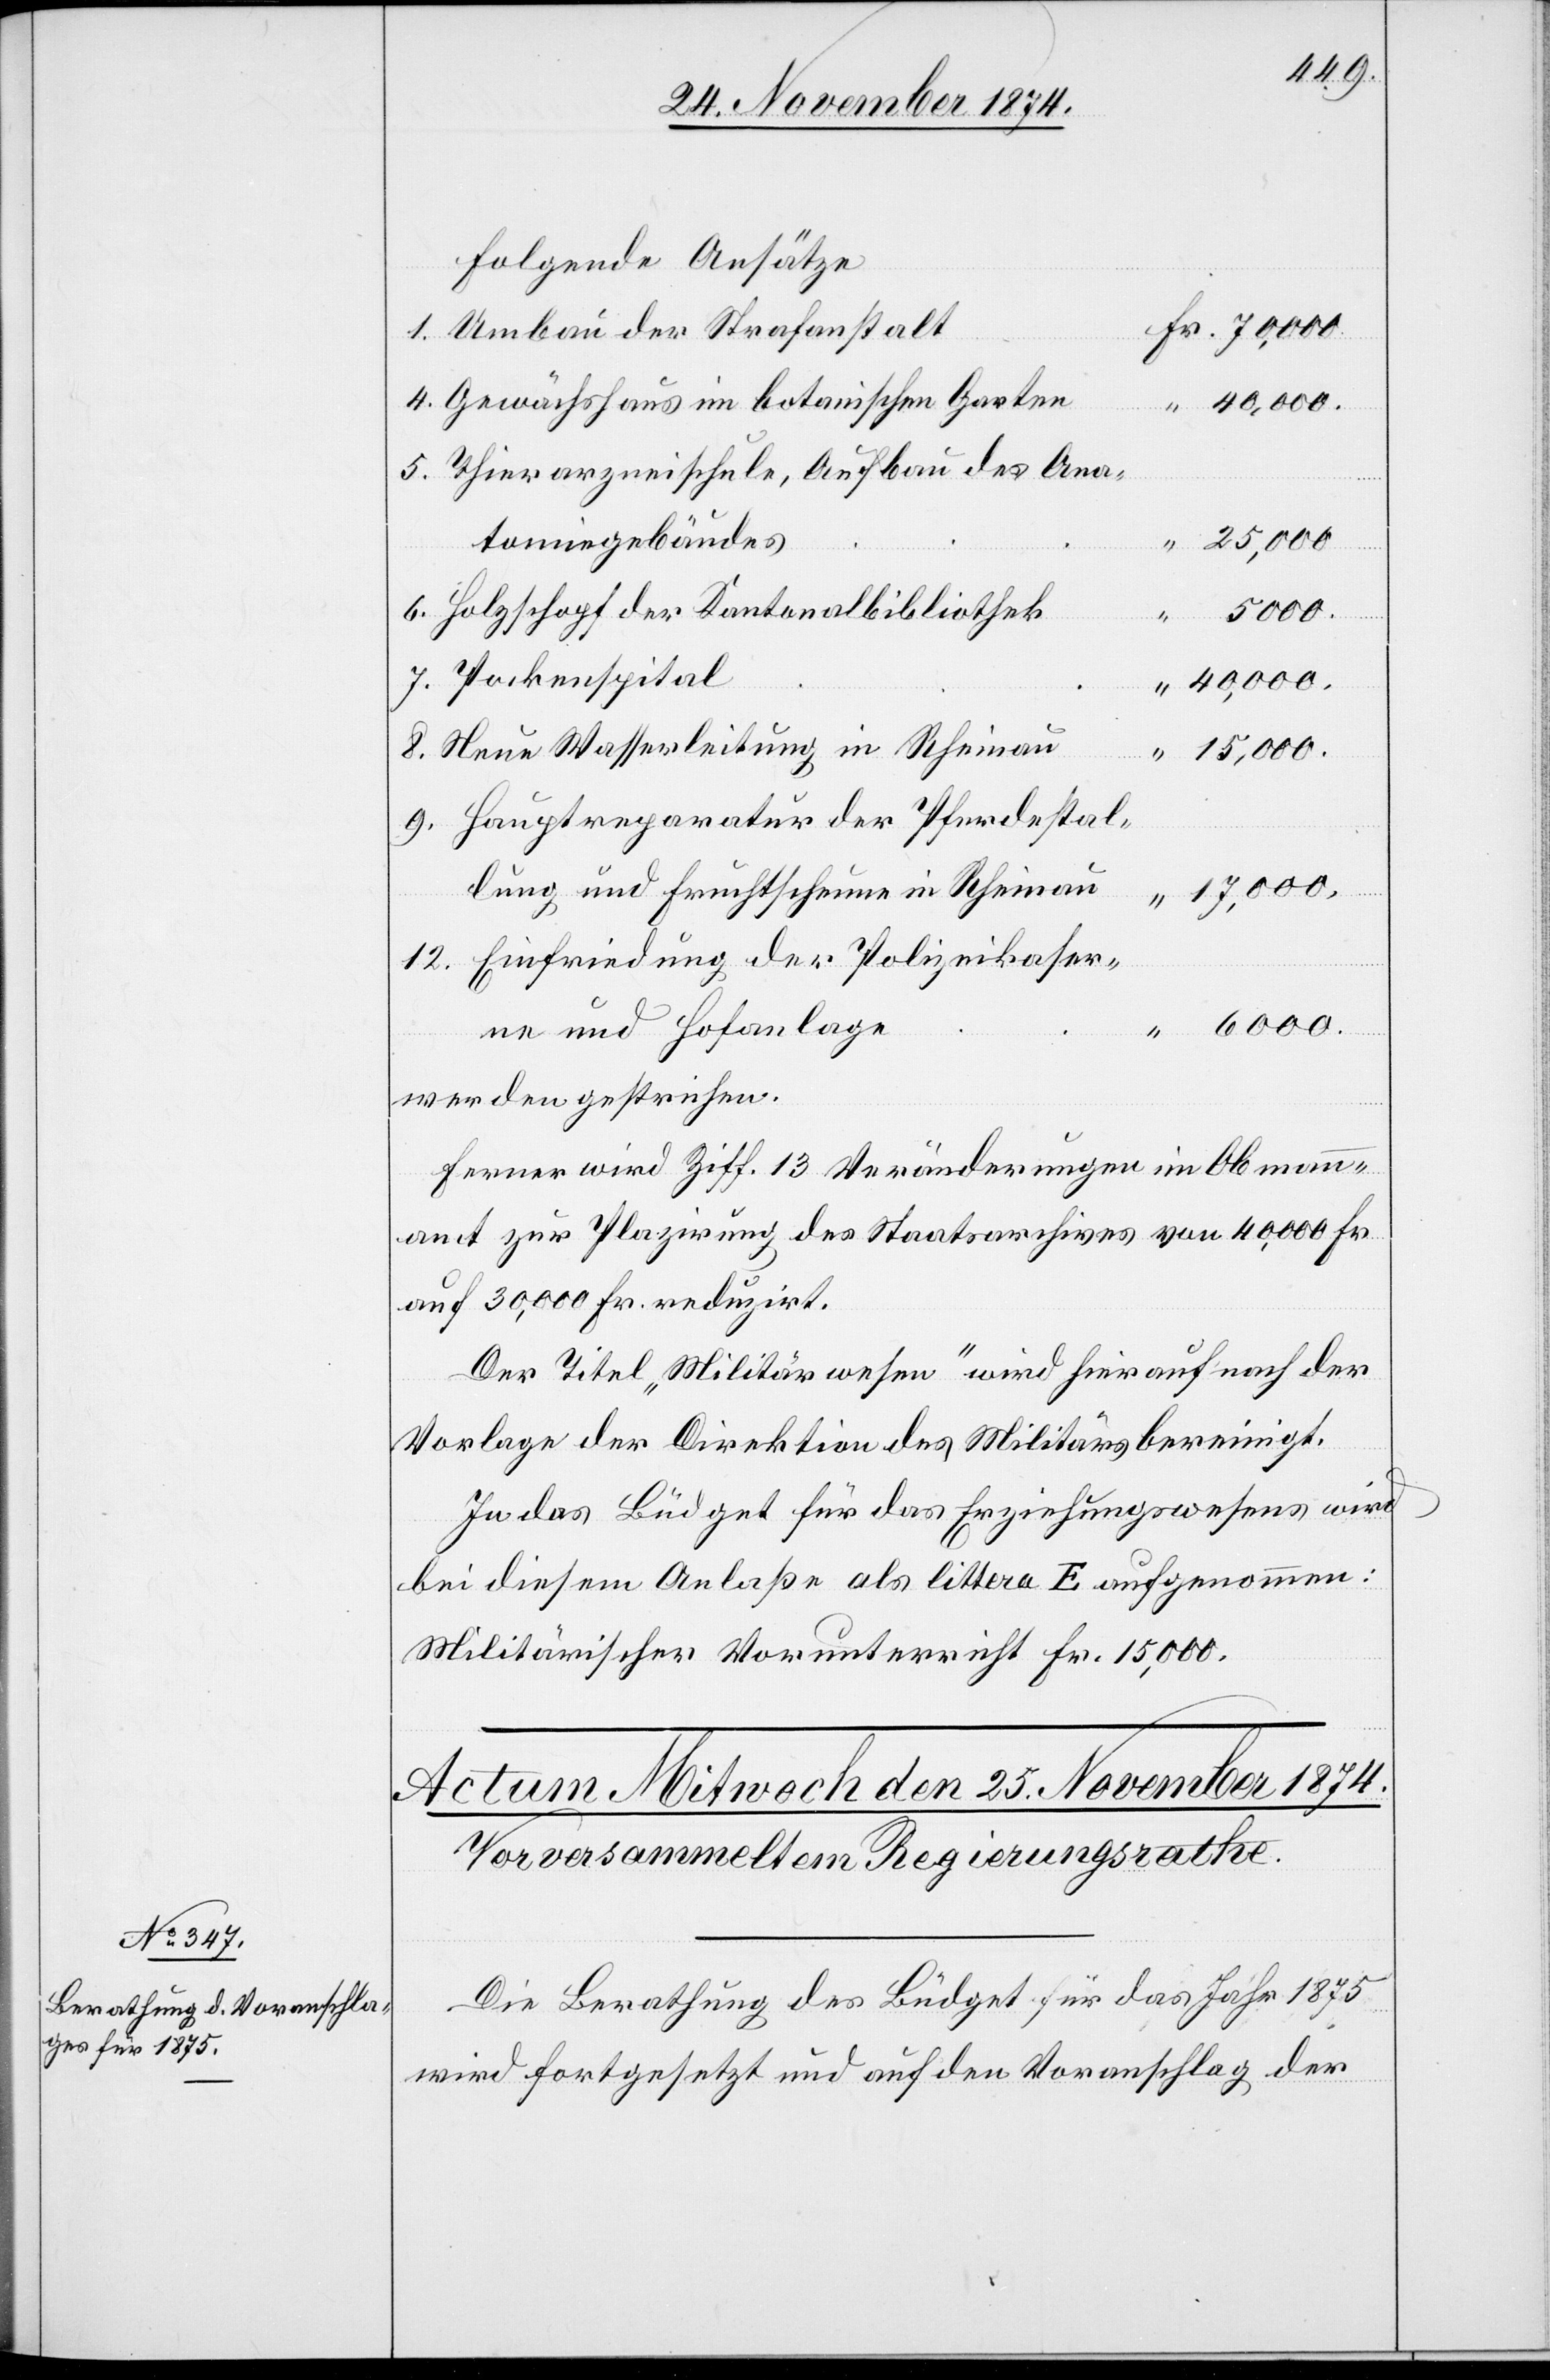
Folgende Ansätze
Umbau der Strafanstalt
Gewächshaus im botanischen Garten
Thierarzneischule, Aufbau des Ana¬
tomiegebäudes
25,000.
Holzschopf der Kantonalbibliothek
Pockenspital
40,000.
Neue Wasserleitung in Rheinau
15,000.
Hauptreparatur der Pferdestal¬
lung und Fruchtscheune in Rheinau
17,000.
Einfriedung der Polizeikaser¬
ne und Hofanlage
werden gestrichen.
Ferner wird Ziff. 13 Veränderungen im Obmann¬
amt zur Plazirung des Staatsarchives von 40,000 Fr.
auf 30,000 Fr. reduzirt.
Der Titel „Militärwesen“ wird hierauf nach der
Vorlage der Direktion des Militärs bereinigt.
In das Büdget für das Erziehungswesen wird
bei diesem Anlaße als littera E aufgenommen:
Militärischer Vorunterricht Fr. 15,000.
Die Berathung des Büdget für das Jahr 1875
wird fortgesetzt und auf den Voranschlag der